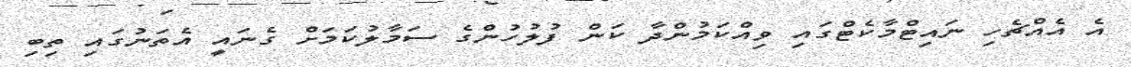
އެ އެއްޗެހި ނައިޓްމާކެޓްގައި ވިއްކަމުންދާ ކަން ފުލުހުންގެ ސަމާލުކަމަށް ގެނައީ އެތަނުގައި ތިބި